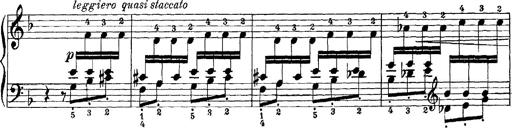
Title: Scherzo und Marsch
Composer: Franz Liszt